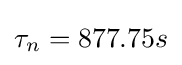
\tau _{n}=877.75s